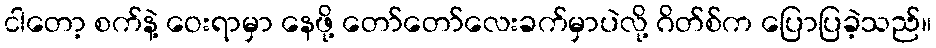
ငါတော့ စက်နဲ့ ဝေးရာမှာ နေဖို့ တော်တော်လေးခက်မှာပဲလို့ ဂိတ်စ်က ပြောပြခဲ့သည်။